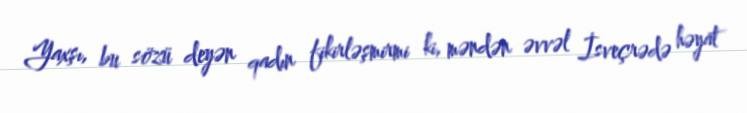
Yaxşı, bu sözü deyən qadın fikirləşmirmi ki, məndən əvvəl İsveçrədə həyat